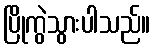
ပြိုကွဲသွားပါသည်။